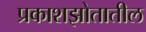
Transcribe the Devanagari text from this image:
प्रकाशझोतातील